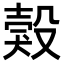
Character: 㺉